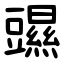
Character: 䝃